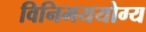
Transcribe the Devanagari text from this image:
विनिमययोग्य